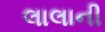
લાલાની